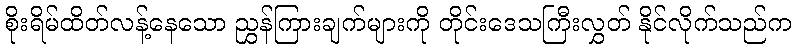
စိုးရိမ်ထိတ်လန့်နေသော ညွှန်ကြားချက်များကို တိုင်းဒေသကြီးလွှတ် နိုင်လိုက်သည်က